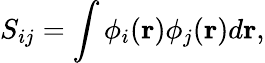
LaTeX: S_{ij}=\int\phi_{i}({\mathbf r})\phi_{j}({\mathbf r})d{\mathbf r},